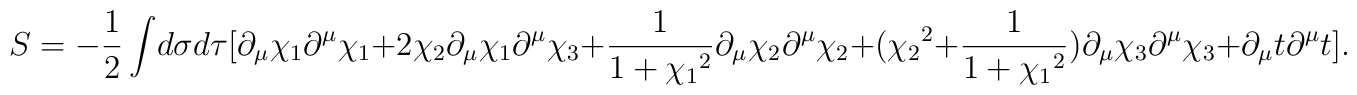
S = -\frac{1}{2}\int\!d\sigma d\tau[\partial_\mu\chi_1 \partial^\mu\chi_1 + 2\chi_2\partial_\mu\chi_1 \partial^\mu\chi_3 + \frac{1}{1+{\chi_1}^2}\partial_\mu\chi_2 \partial^\mu\chi_2 + ({\chi_2}^2+\frac{1}{1+{\chi_1}^2})\partial_\mu\chi_3 \partial^\mu\chi_3 +\partial_\mu t \partial^\mu t].